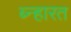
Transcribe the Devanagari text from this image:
ब्न्हारत